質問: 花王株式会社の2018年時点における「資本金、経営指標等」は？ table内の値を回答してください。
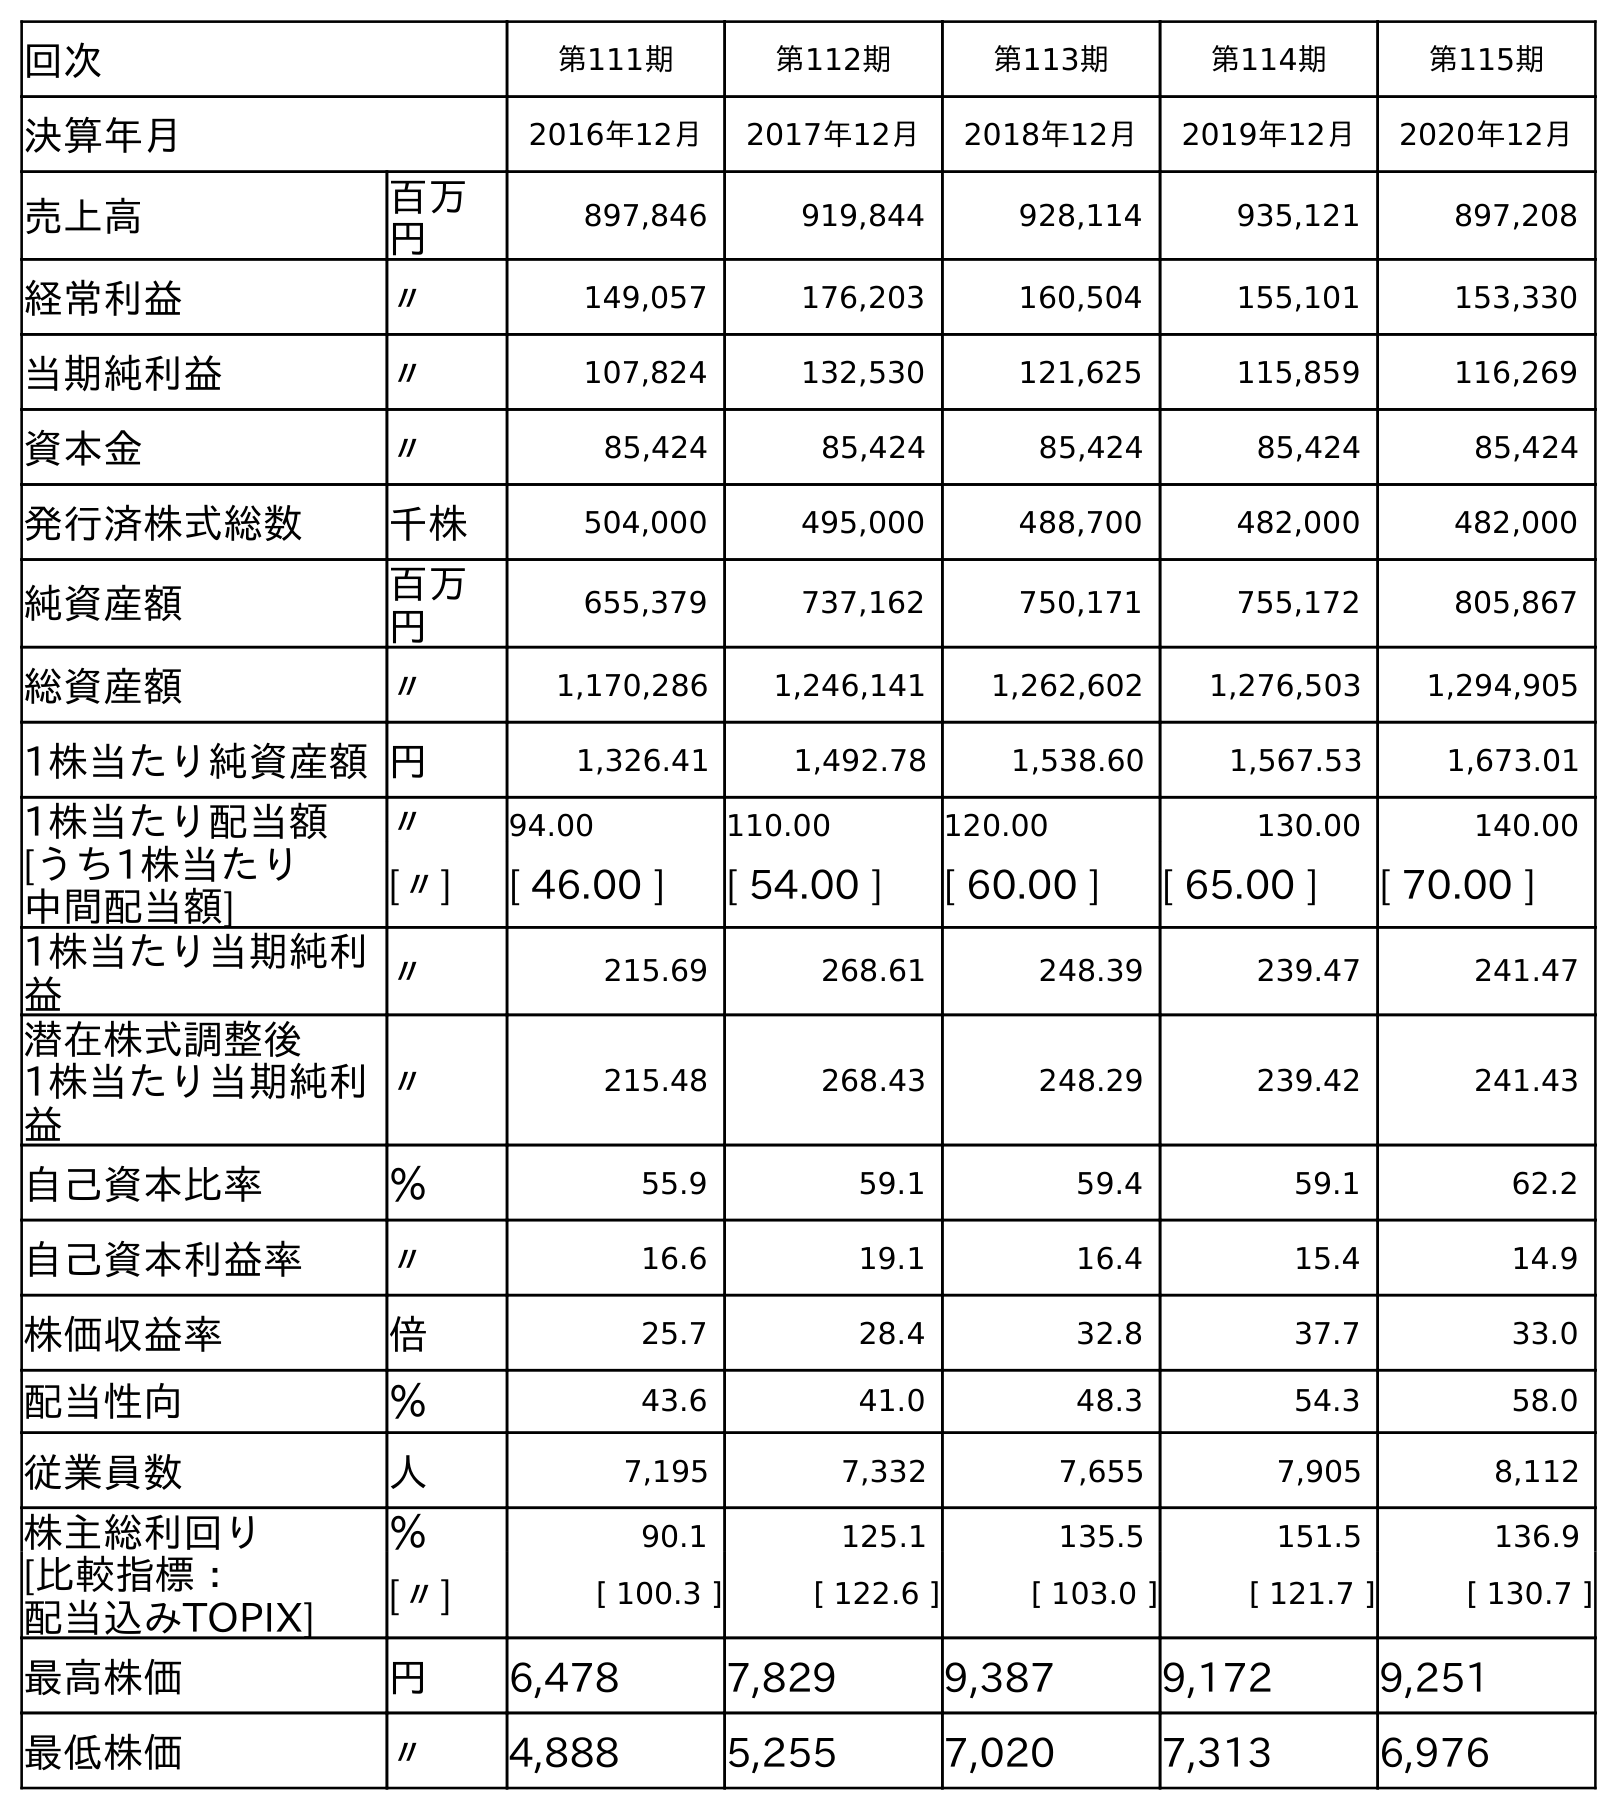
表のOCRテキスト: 回次 第111期 第112期 第113期 第114期 第115期 決算年月 2016年12月 2017年12月 2018年12月 2019年12月 2020年12月 売上高 百万 円 897,846 919,844 928,114 935,121 897,208 経常利益 〃 149,057 176,203 160,504 155,101 153,330 当期純利益 〃 107,824 132,530 121,625 115,859 116,269 資本金 〃 85,424 85,424 85,424 85,424 85,424 発行済株式総数 千株 504,000 495,000 488,700 482,000 482,000 純資産額 百万 円 655,379 737,162 750,171 755,172 805,867 総資産額 〃 1,170,286 1,246,141 1,262,602 1,276,503 1,294,905 1株当たり純資産額円 1,326.41 1,492.78 1,538.60 1,567.53 1,673.01 1株当たり配当額 〃 94.00 110.00 120.00 130.00 140.00 [うち1株当たり 中間配当額] [〃] [ 46.00 ] [ 54.00 ] [ 60.00 ] [ 65.00 ] [ 70.00 ] 1株当たり当期純利 益 〃 215.69 268.61 248.39 239.47 241.47 潜在株式調整後 1株当たり当期純利 益 〃 215.48 268.43 248.29 239.42 241.43 自己資本比率 ％ 55.9 59.1 59.4 59.1 62.2 自己資本利益率 〃 16.6 19.1 16.4 15.4 14.9 株価収益率 倍 25.7 28.4 32.8 37.7 33.0 配当性向 ％ 43.6 41.0 48.3 54.3 58.0 従業員数 人 7,195 7,332 7,655 7,905 8,112 株主総利回り ％ 90.1 125.1 135.5 151.5 136.9 [比較指標： 配当込みTOPIX] [〃] [ 100.3 ] [ 122.6 ] [ 103.0 ] [ 121.7 ] [ 130.7 ] 最高株価 円 6,478 7,829 9,387 9,172 9,251 最低株価 〃 4,888 5,255 7,020 7,313 6,976
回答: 85,424